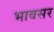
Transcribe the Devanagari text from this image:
भावसर